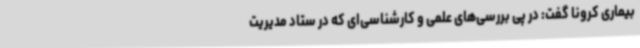
بیماری کرونا گفت: در پی بررسی‌های علمی و کارشناسی‌ای که در ستاد مدیریت